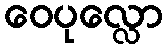
ဝေပုလ္လော